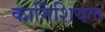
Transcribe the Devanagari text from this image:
कार्मिशियल